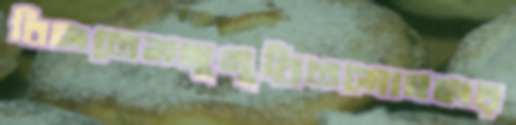
বিলতেমসুমুদ্রিতমোঘলর